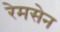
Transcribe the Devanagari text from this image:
रेमसेन